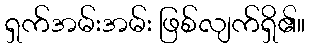
ရှက်အမ်းအမ်း ဖြစ်လျက်ရှိ၏။